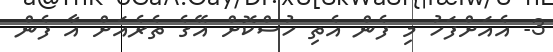
3- އެއަށްފަހު މި ފެން އެތި ހުސްކޮށް އޭގެ ތެރެއަށް އާ ފެން